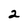
Character: 2